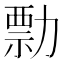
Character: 勡